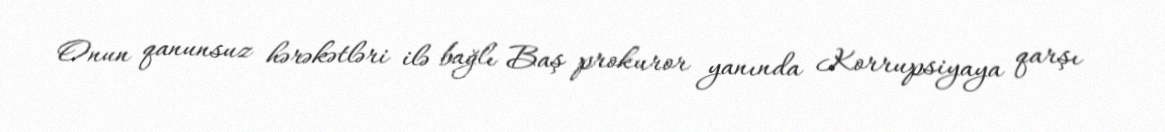
Onun qanunsuz hərəkətləri ilə bağlı Baş prokuror yanında Korrupsiyaya qarşı